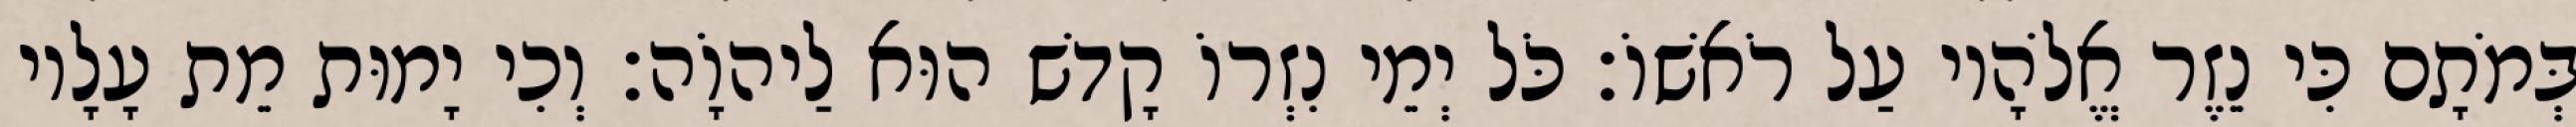
בְּמֹתָם כִּי נֵזֶר אֱלֹהָיו עַל רֹאשׁוֹ׃ כֹּל יְמֵי נִזְרוֹ קָדשׁ הוּא לַיהוָֹה׃ וְכִי יָמוּת מֵת עָלָיו